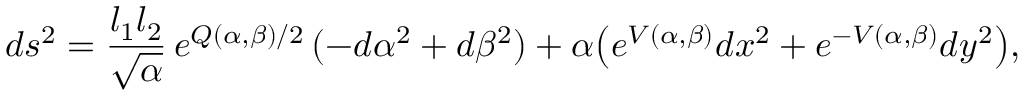
d s ^ { 2 } = { \frac { l _ { 1 } l _ { 2 } } { \sqrt { \alpha } } } \, e ^ { Q ( \alpha , \beta ) / 2 } \, ( - d \alpha ^ { 2 } + d \beta ^ { 2 } ) + \alpha { \left( e ^ { V ( \alpha , \beta ) } d x ^ { 2 } + e ^ { - V ( \alpha , \beta ) } d y ^ { 2 } \right) } ,